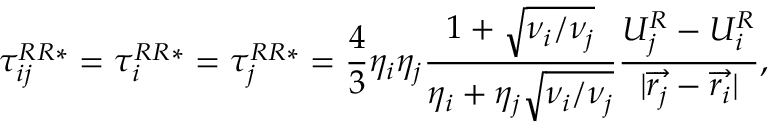
\tau _ { i j } ^ { R R * } = \tau _ { i } ^ { R R * } = \tau _ { j } ^ { R R * } = \frac { 4 } { 3 } \eta _ { i } \eta _ { j } \frac { 1 + \sqrt { \nu _ { i } / \nu _ { j } } } { \eta _ { i } + \eta _ { j } \sqrt { \nu _ { i } / \nu _ { j } } } \frac { U _ { j } ^ { R } - U _ { i } ^ { R } } { | \overrightarrow { r _ { j } } - \overrightarrow { r _ { i } } | } ,